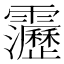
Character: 靋